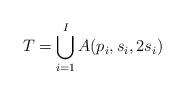
LaTeX: \begin{align*}T = \bigcup_{i=1}^I A(p_i,s_i,2s_i)\end{align*}